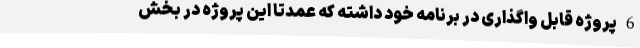
6 پروژه قابل واگذاری در برنامه خود داشته که عمدتا این پروژه در بخش